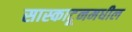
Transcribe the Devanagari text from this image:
सास्काटूनमधील